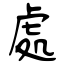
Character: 處